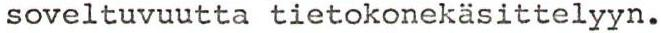
soveltuvuutta tietokonekäsittelyyn.